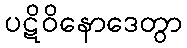
ပဋိဝိနောဒေတွာ